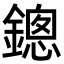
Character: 鏓